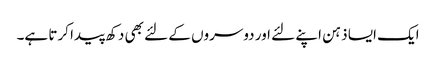
ایک ایسا ذہن اپنے لئے اور دوسروں کے لئے بھی دکھ پیدا کرتا ہے۔